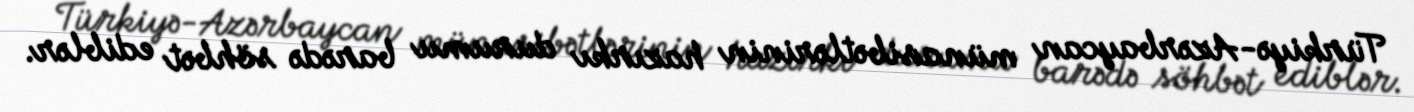
Türkiyə-Azərbaycan münasibətlərinin hazırkı durumu barədə söhbət ediblər.